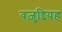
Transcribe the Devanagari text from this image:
वज़ुद्दियह